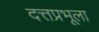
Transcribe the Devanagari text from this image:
दत्तप्रभूला